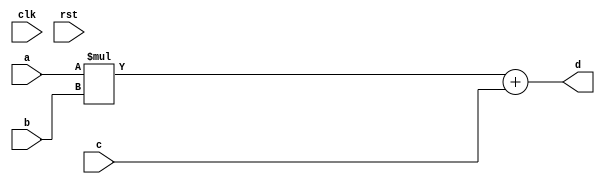

module conf_int_mac__noFF__arch_agnos( clk, rst, a, b, c, d
 );
//--- parameters
//parameter BT_RND = 0
parameter OP_BITWIDTH = 16; //operator bit width
parameter DATA_PATH_BITWIDTH = 16; //flip flop Bit width


//--- input,outputs
input clk;
input rst;
input [DATA_PATH_BITWIDTH -1:0] a;
input [DATA_PATH_BITWIDTH-1:0] b;
input [DATA_PATH_BITWIDTH-1:0] c;
output [DATA_PATH_BITWIDTH-1:0] d;


//--- no flop design
assign  d = (a * b) + c;

endmodule